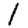
Digit: 1